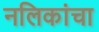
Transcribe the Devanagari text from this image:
नलिकांचा